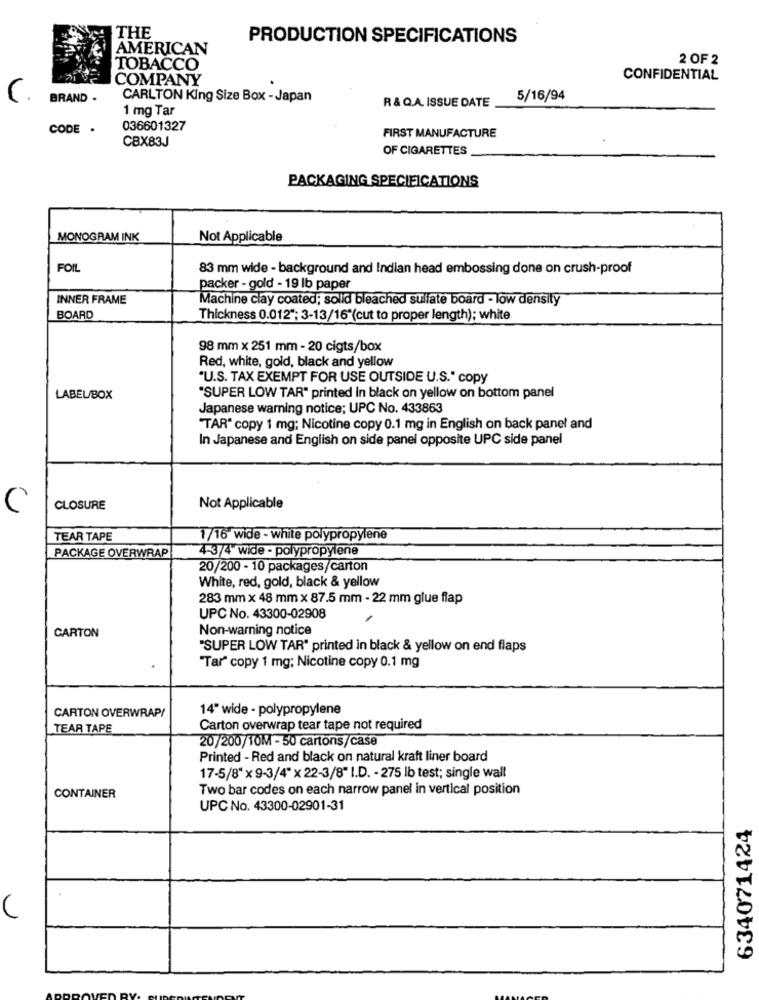
THE
PRODUCTION SPECIFICATIONS
AMERICAN
2 OF 2
TOBACCO
COMPANY
CONFIDENTIAL
C.
BRAND .
CARLTON King Size Box - Japan
R & Q.A. ISSUE DATE
5/16/94
1 mg Tar
CODE .
036601327
CBX83J
FIRST MANUFACTURE
OF CIGARETTES
PACKAGING SPECIFICATIONS
MONOGRAM INK
Not Applicable
FOIL
83 mm wide - background and Indian head embossing done on crush-proof
packer - gold - 19 lb paper
INNER FRAME
Machine clay coated; solid bleached sulfate board - low density
BOARD
Thickness 0.012"; 3-13/16"(cut to proper length); white
98 mm x 251 mm - 20 cigts/box
Red, white, gold, black and yellow
"U.S. TAX EXEMPT FOR USE OUTSIDE U.S." copy
LABEL/BOX
"SUPER LOW TAR" printed in black on yellow on bottom panel
Japanese warning notice; UPC No. 433863
"TAR" copy 1 mg; Nicotine copy 0.1 mg in English on back panel and
In Japanese and English on side panel opposite UPC side panel
CLOSURE
Not Applicable
TEAR TAPE
1/16 wide - white polypropylene
4-3/4" wide - polypropylene
PACKAGE OVERWRAP
20/200 - 10 packages/carton
White, red, gold, black & yellow
283 mm × 48 mm x 87.5 mm - 22 mm glue flap
UPC No. 43300-02908
CARTON
Non-warning notice
"SUPER LOW TAR" printed in black & yellow on end flaps
Tar" copy 1 mg; Nicotine copy 0.1 mg
CARTON OVERWRAP!
14" wide - polypropylene
TEAR TAPE
Carton overwrap tear tape not required
20/200/10M - 50 cartons/case
Printed - Red and black on natural kraft liner board
17-5/8" x 9-3/4" x 22-3/8" I.D. - 275 lb test; single wall
Two bar codes on each narrow panel in vertical position
CONTAINER
UPC No. 43300-02901-31
634071424
(